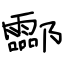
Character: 酃